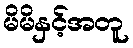
မိမိနှင့်အတူ